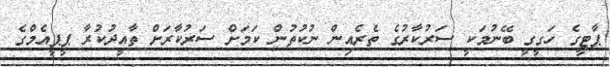
ޕާޓީގެ ހަގީގީ ބޭނުމަކީ ސަރުކާރުގެ ތެރެއިން ނުކުތުން ކަމަށް ސަރުކާރަށް ތާއީދުކުރާ ޕީޕީއެމްގެ